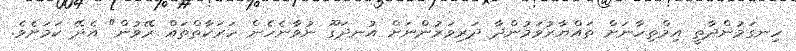
ހިނގަމުންދާތީ އިމްތިހާނަށް ތައްޔާރުވަމުންދާ ދަރިވަރުންނަށް އުނދަގޫ ނުވާނެހެން ހަރަކާތްތައް ރޭވުން" އެދޭ ކަމަށެވެ.